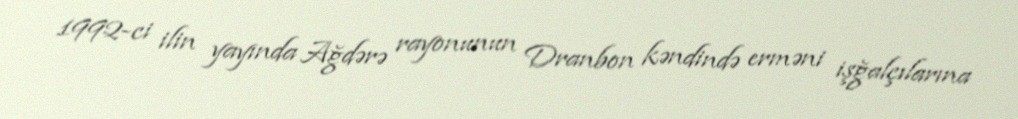
1992-ci ilin yayında Ağdərə rayonunun Dranbon kəndində erməni işğalçılarına